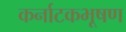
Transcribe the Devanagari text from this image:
कर्नाटकभूषण